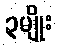
၃မျိုး